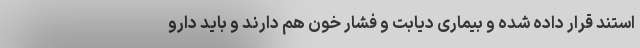
استند قرار داده شده و بیماری دیابت و فشار خون هم دارند و باید دارو